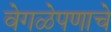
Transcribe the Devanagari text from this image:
वेगळेपणाचे